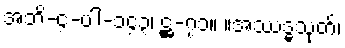
အဘိ-၄-ပါ-၁၄၃၊ ဋ္ဌ-၇၁။ ။အဿဒ္ဓသုတ်၊